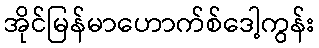
အိုင်မြန်မာဟောက်စ်ဒေါ့ကွန်း